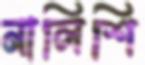
নালিশি